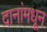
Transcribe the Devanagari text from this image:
दानांमधून